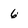
Character: 6